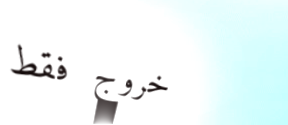
خروج فقط